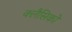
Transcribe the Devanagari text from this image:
क्लैसिको